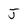
Character: J